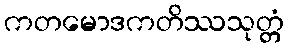
ကတမောဒကတိဿသုတ္တံ